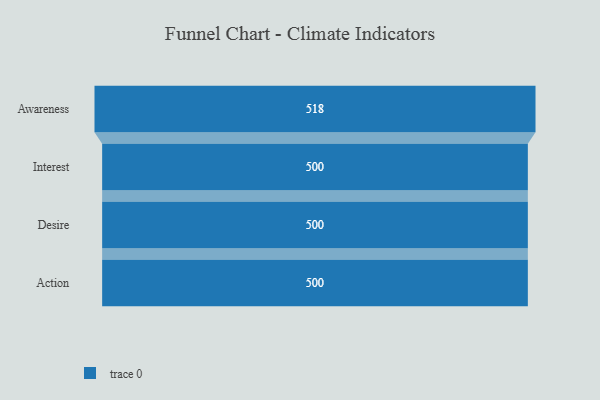
{"axis": {"x": "Stage", "y": "Value"}, "legend": [""], "data": [{"x": "Awareness", "y": 518.0, "type": ""}, {"x": "Interest", "y": 500, "type": ""}, {"x": "Desire", "y": 500, "type": ""}, {"x": "Action", "y": 500, "type": ""}]}